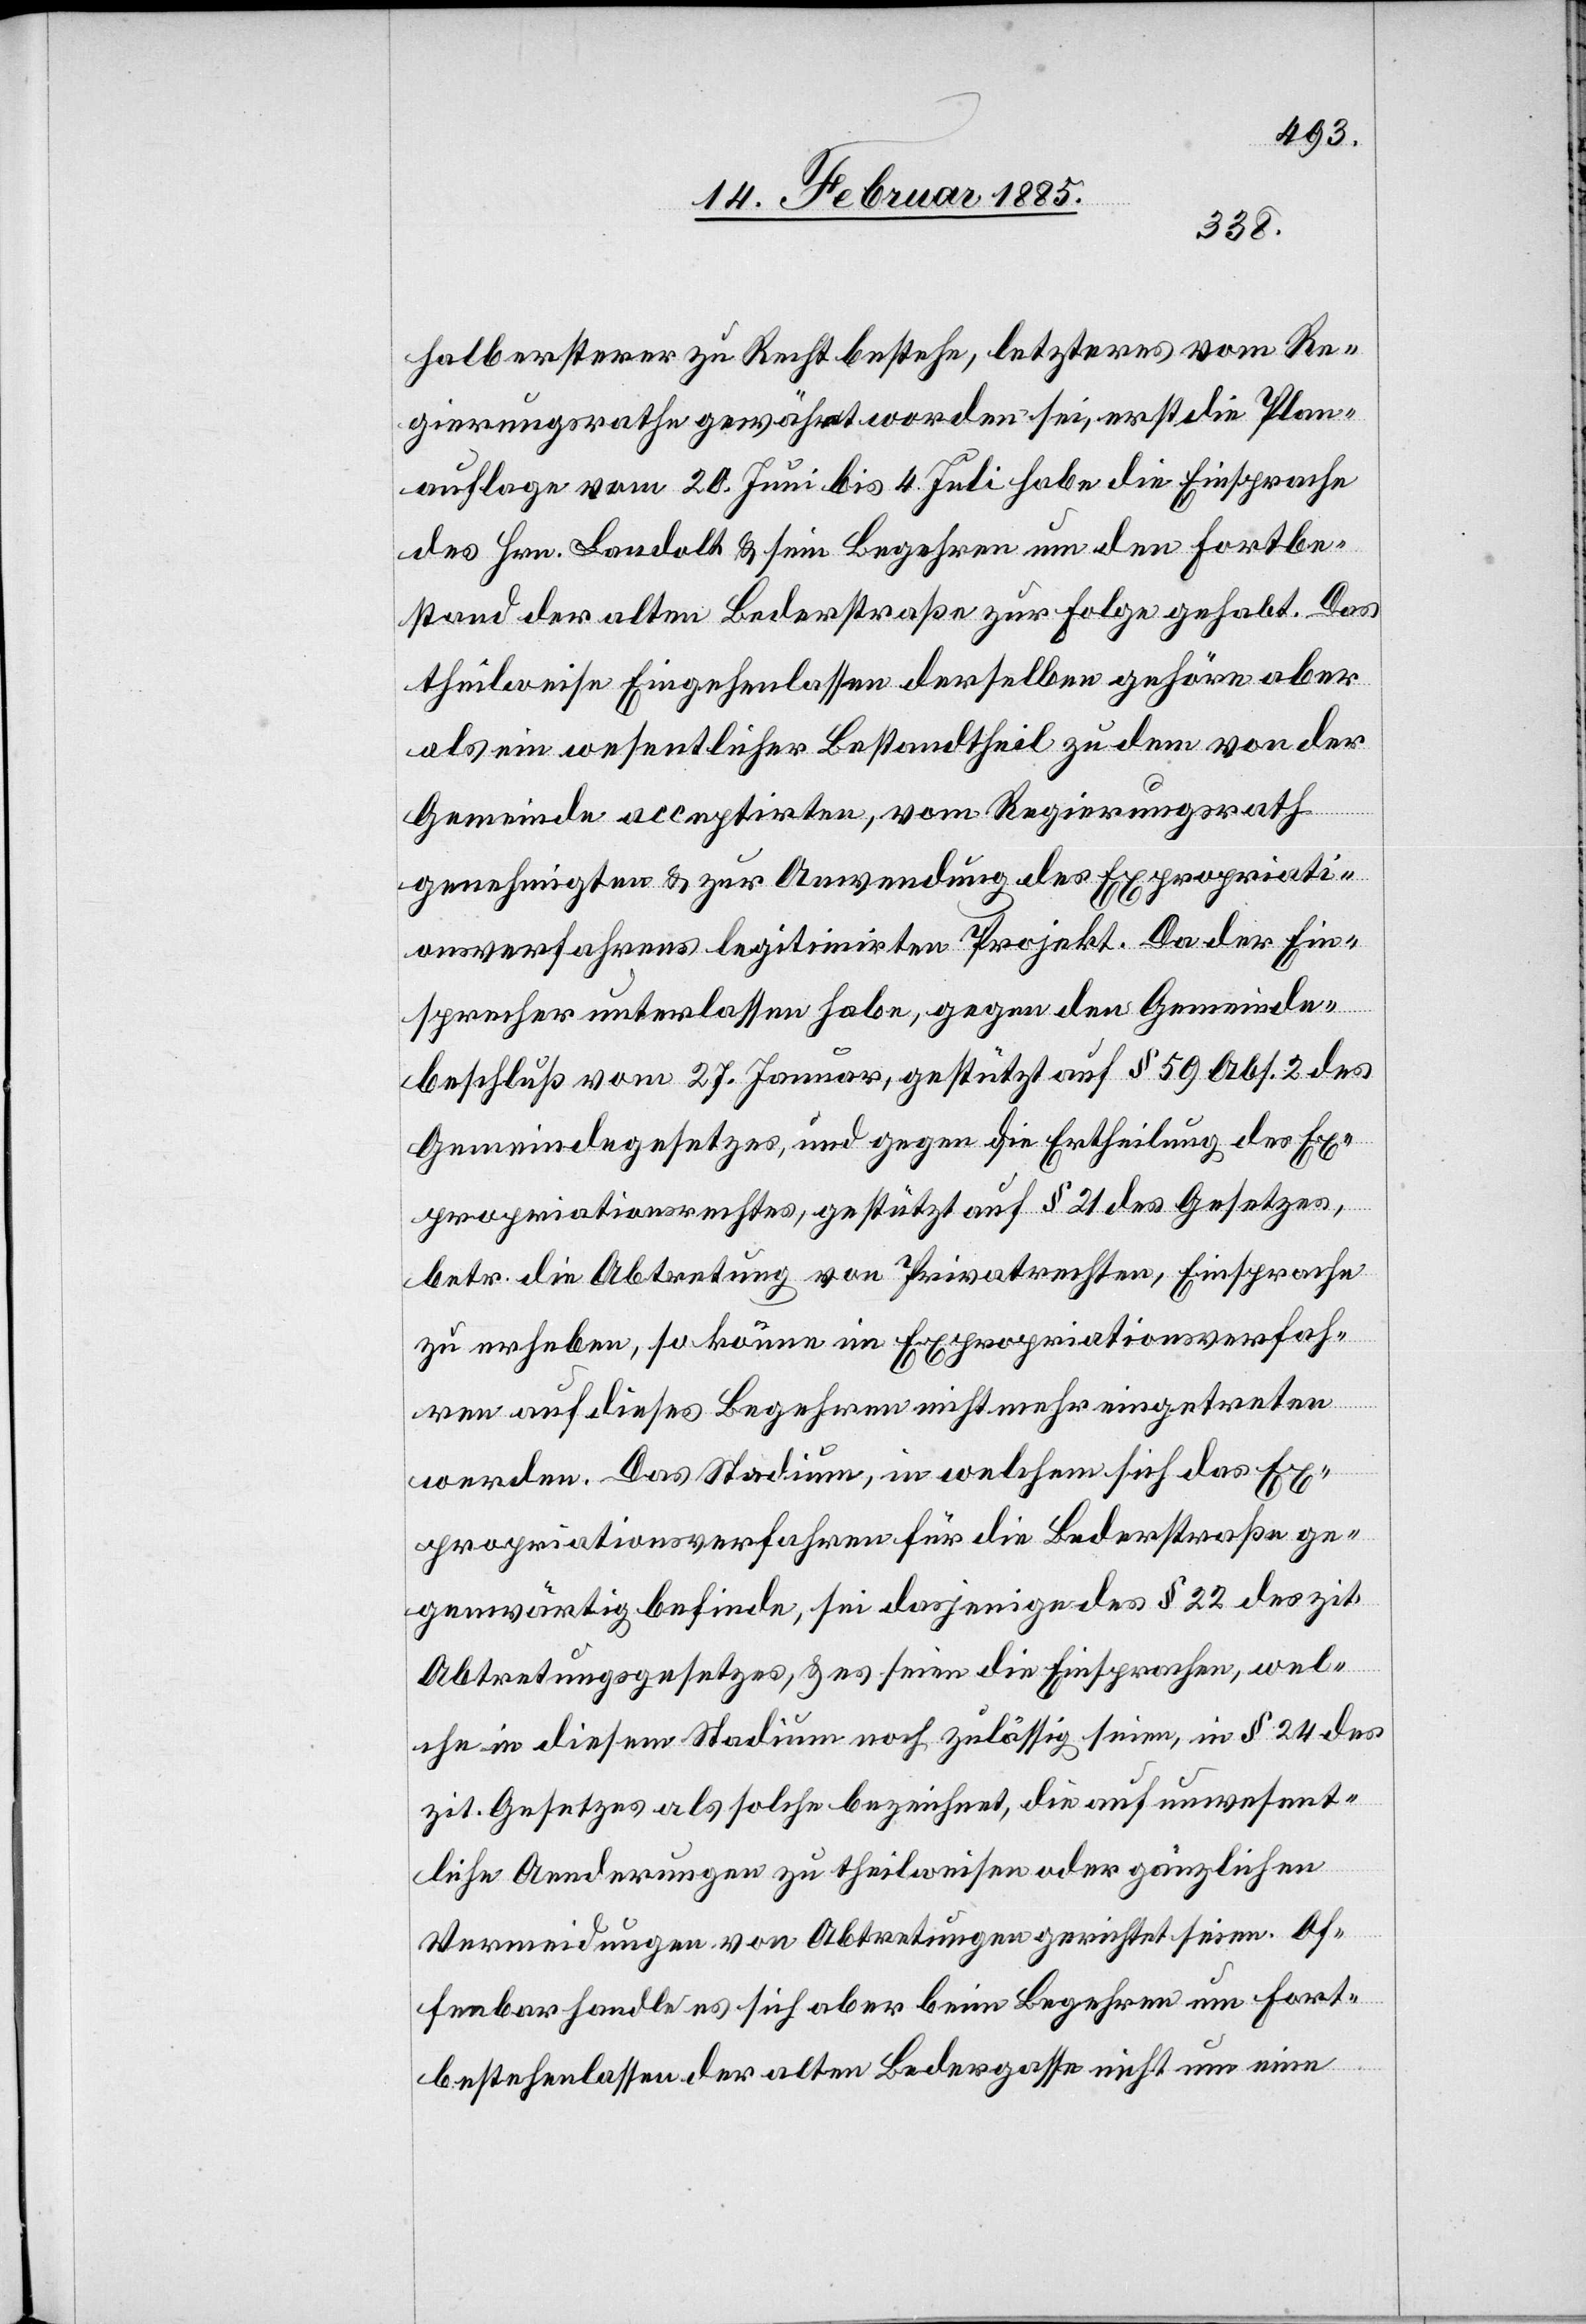
halb ersterer zu Recht bestehe, letzteres vom Re¬
gierungsrathe gewährt worden sei, erst die Plan¬
auflage vom 20. Juni bis 4. Juli habe die Einsprache
des Hrn. Landolt & sein Begehren um den Fortbe¬
stand der alten Bederstraße zur Folge gehabt. Das
theilweise Eingehenlassen derselben gehöre aber
als ein wesentlicher Bestandtheil zu dem von der
Gemeinde acceptirten, vom Regierungsrath
genehmigten & zur Anwendung des Expropriati¬
onsverfahrens legitimirten Projekt. Da der Ein¬
sprecher unterlaßen habe, gegen den Gemeinde¬
beschluß vom 27. Januar, gestützt auf § 59 Abs. 2 des
Gemeindegesetzes, und gegen die Ertheilung des Ex¬
propriationsrechtes, gestützt auf § 21 des Gesetzes,
betr. die Abtretung von Privatrechten, Einsprache
zu erheben, so könne im Expropriationsverfah¬
ren auf dieses Begehren nicht mehr eingetreten
werden. Das Stadium, in welchem sich das Ex¬
propriationsverfahren für die Bederstraße ge¬
genwärtig befinde, sei dasjenige des § 22 des zit.
Abtretungsgesetzes, & es seien die Einsprachen, wel¬
che in diesem Stadium noch zulässig seien, in § 24 des
zit. Gesetzes als solche bezeichnet, die auf unwesent¬
liche Aenderungen zu theilweise oder gänzlichen
Vermeidungen von Abtretungen gerichtet seien. Of¬
fenbar handle es sich aber beim Begehren um Fort¬
bestehenlassen der alten Bedergasse nicht um eine